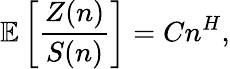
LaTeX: \mathbb{E}\left[\frac{Z(n)}{S(n)}\right]=Cn^{H},